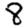
Digit: 8